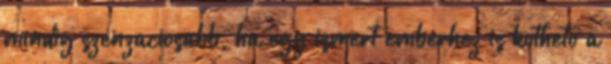
mindig szenzaciosabb, ha egy ismert emberhez is kotheto a